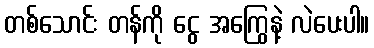
တစ်သောင်း တန်ကို ငွေ အကြွေနဲ့ လဲပေးပါ။